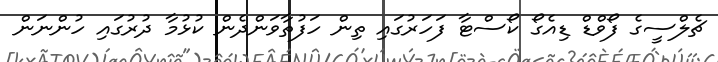
ޗެލްސީގެ ފޯވްޑް ޑިއެގޯ ކޯސްޓާ ފަހަރުގައި ތިން ހަފުތާވަންދެން ކުޅުމާ ދުރުގައި ހުންނަން